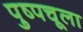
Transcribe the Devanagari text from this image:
पुष्पचूला